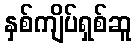
နှစ်ကျိပ်ရှစ်ဆူ